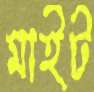
মাইট